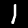
Digit: 1